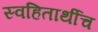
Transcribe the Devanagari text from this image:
स्वहितार्थीच